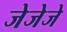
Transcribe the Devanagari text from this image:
जेजेजे